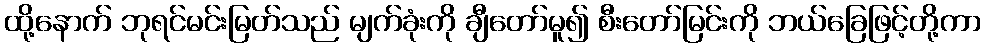
ထို့နောက် ဘုရင်မင်းမြတ်သည် မျက်ခုံးကို ချီတော်မူ၍ စီးတော်မြင်းကို ဘယ်ခြေဖြင့်တို့ကာ